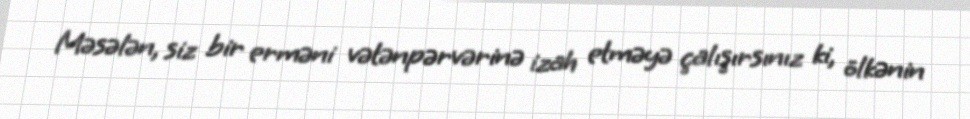
Məsələn, siz bir erməni vətənpərvərinə izah etməyə çalışırsınız ki, ölkənin